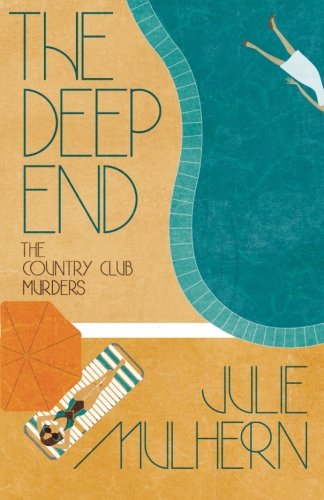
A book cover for The Deep End (The Country Club Murders) (Volume 1); Julie Mulhern; Mystery, Thriller & Suspense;